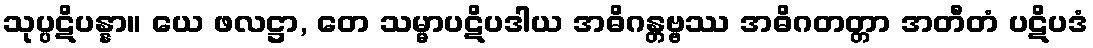
သုပ္ပဋိပန္နာ။ ယေ ဖလဋ္ဌာ, တေ သမ္မာပဋိပဒါယ အဓိဂန္တဗ္ဗဿ အဓိဂတတ္တာ အတီတံ ပဋိပဒံ